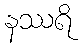
နဿရိ